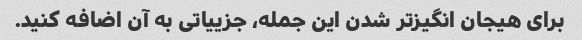
برای هیجان انگیزتر شدن این جمله، جزییاتی به آن اضافه کنید.